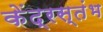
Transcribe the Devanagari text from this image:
केंद्रस्तंभ